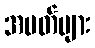
အမတ်များ